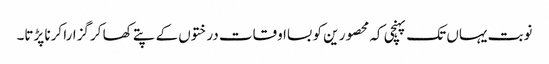
نوبت یہاں تک پہنچی کہ محصور ین کو بسااوقات درختوں کے پتے کھا کر گزارا کرنا پڑتا۔